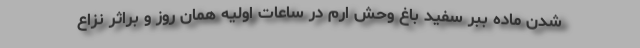
شدن ماده ببر سفید باغ وحش ارم در ساعات اولیه همان روز و براثر نزاع